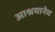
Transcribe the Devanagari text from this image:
आश्रयानेच